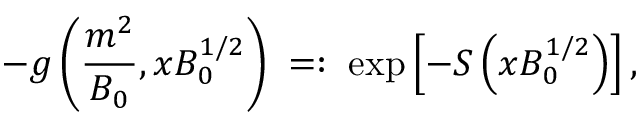
- g \left( \frac { m ^ { 2 } } { B _ { 0 } } , x B _ { 0 } ^ { 1 / 2 } \right) \; = : \; \exp \left[ - S \left( x B _ { 0 } ^ { 1 / 2 } \right) \right] ,